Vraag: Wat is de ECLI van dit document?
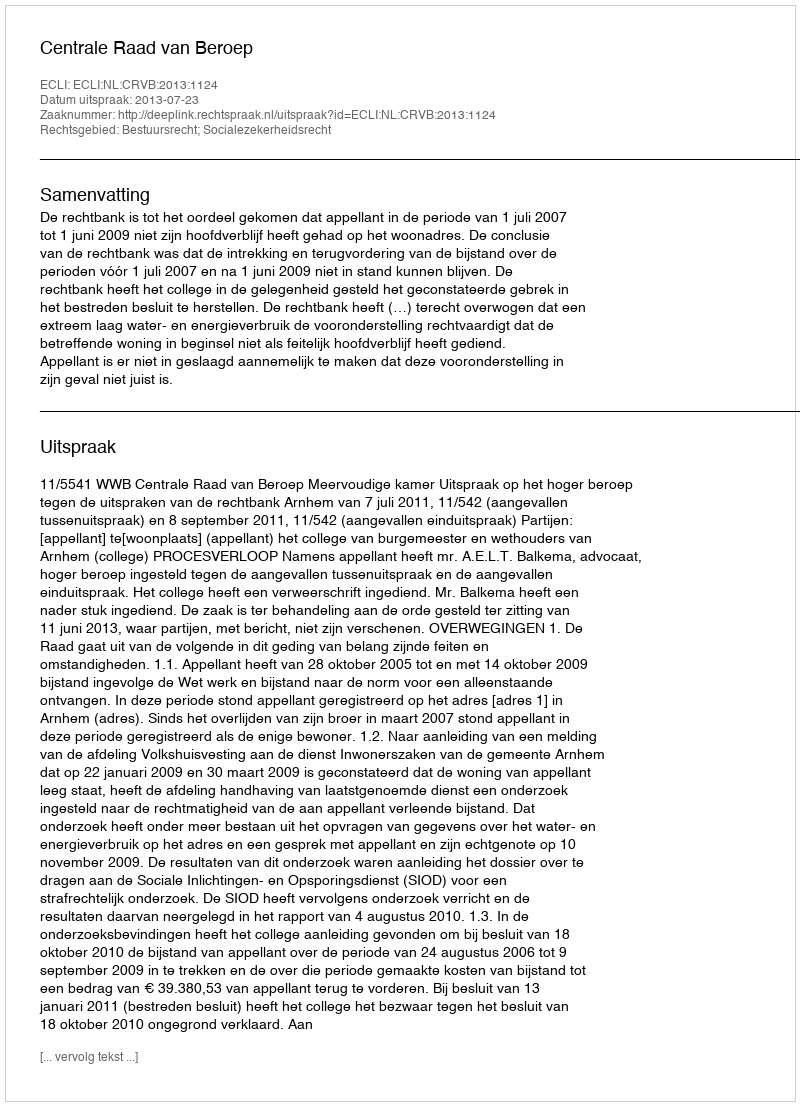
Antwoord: ECLI:NL:CRVB:2013:1124